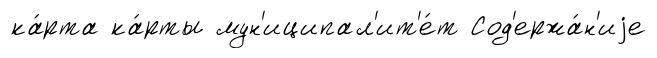
ка́рта ка́рты мун'иципал'ит'е́т Сод'ержа́н'иjе